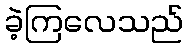
ခဲ့ကြလေသည်